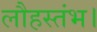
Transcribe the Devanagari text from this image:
लौहस्तंभ।